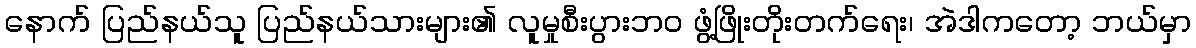
နောက် ပြည်နယ်သူ ပြည်နယ်သားများ၏ လူမှုစီးပွားဘဝ ဖွံ့ဖြိုးတိုးတက်ရေး၊ အဲဒါကတော့ ဘယ်မှာ